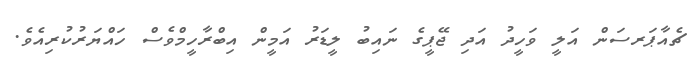
ޗެއާޕަރސަން އަލީ ވަހީދު އަދި ޖޭޕީގެ ނައިބު ލީޑަރު އަމީން އިބްރާހީމްވެސް ހައްޔަރުކުރިއެވެ.